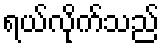
ရယ်လိုက်သည်